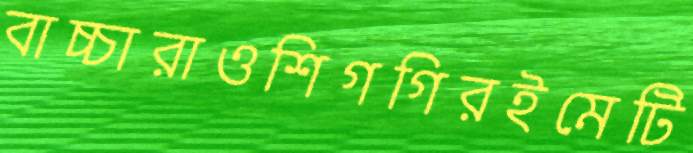
বাচ্চারাওশিগগিরইমেটি